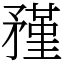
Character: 𥎊